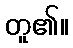
တူ၏။